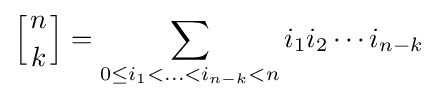
\left[{n \atop k}\right]=\sum _{0\leq i_{1}<\ldots <i_{n-k}<n}i_{1}i_{2}\cdots i_{n-k}